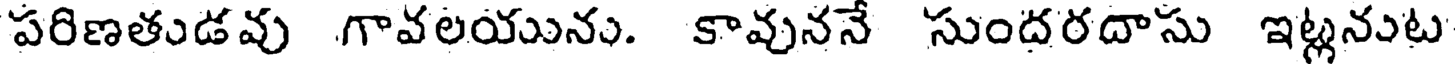
పరిణతుడవు గావలయును. కావుననే సుందరదాసు ఇట్లనుట